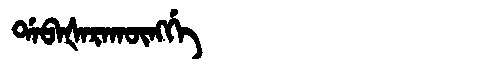
Manchu: ᡩᠠᠪᠠᡧᠠᡵᠠᡴᡡᠩᡤᡝ
Romanization: DABAŠARAKŪNGGE